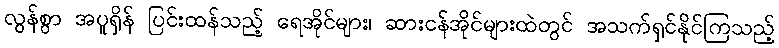
လွန်စွာ အပူရှိန် ပြင်းထန်သည့် ရေအိုင်များ၊ ဆားငန်အိုင်များထဲတွင် အသက်ရှင်နိုင်ကြသည့်